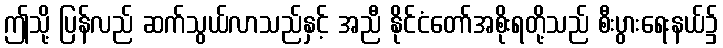
ဤသို့ ပြန်လည် ဆက်သွယ်လာသည်နှင့် အညီ နိုင်ငံတော်အစိုးရတို့သည် စီးပွားရေးနယ်၌